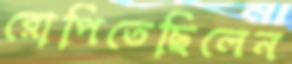
রোপিতেছিলেন